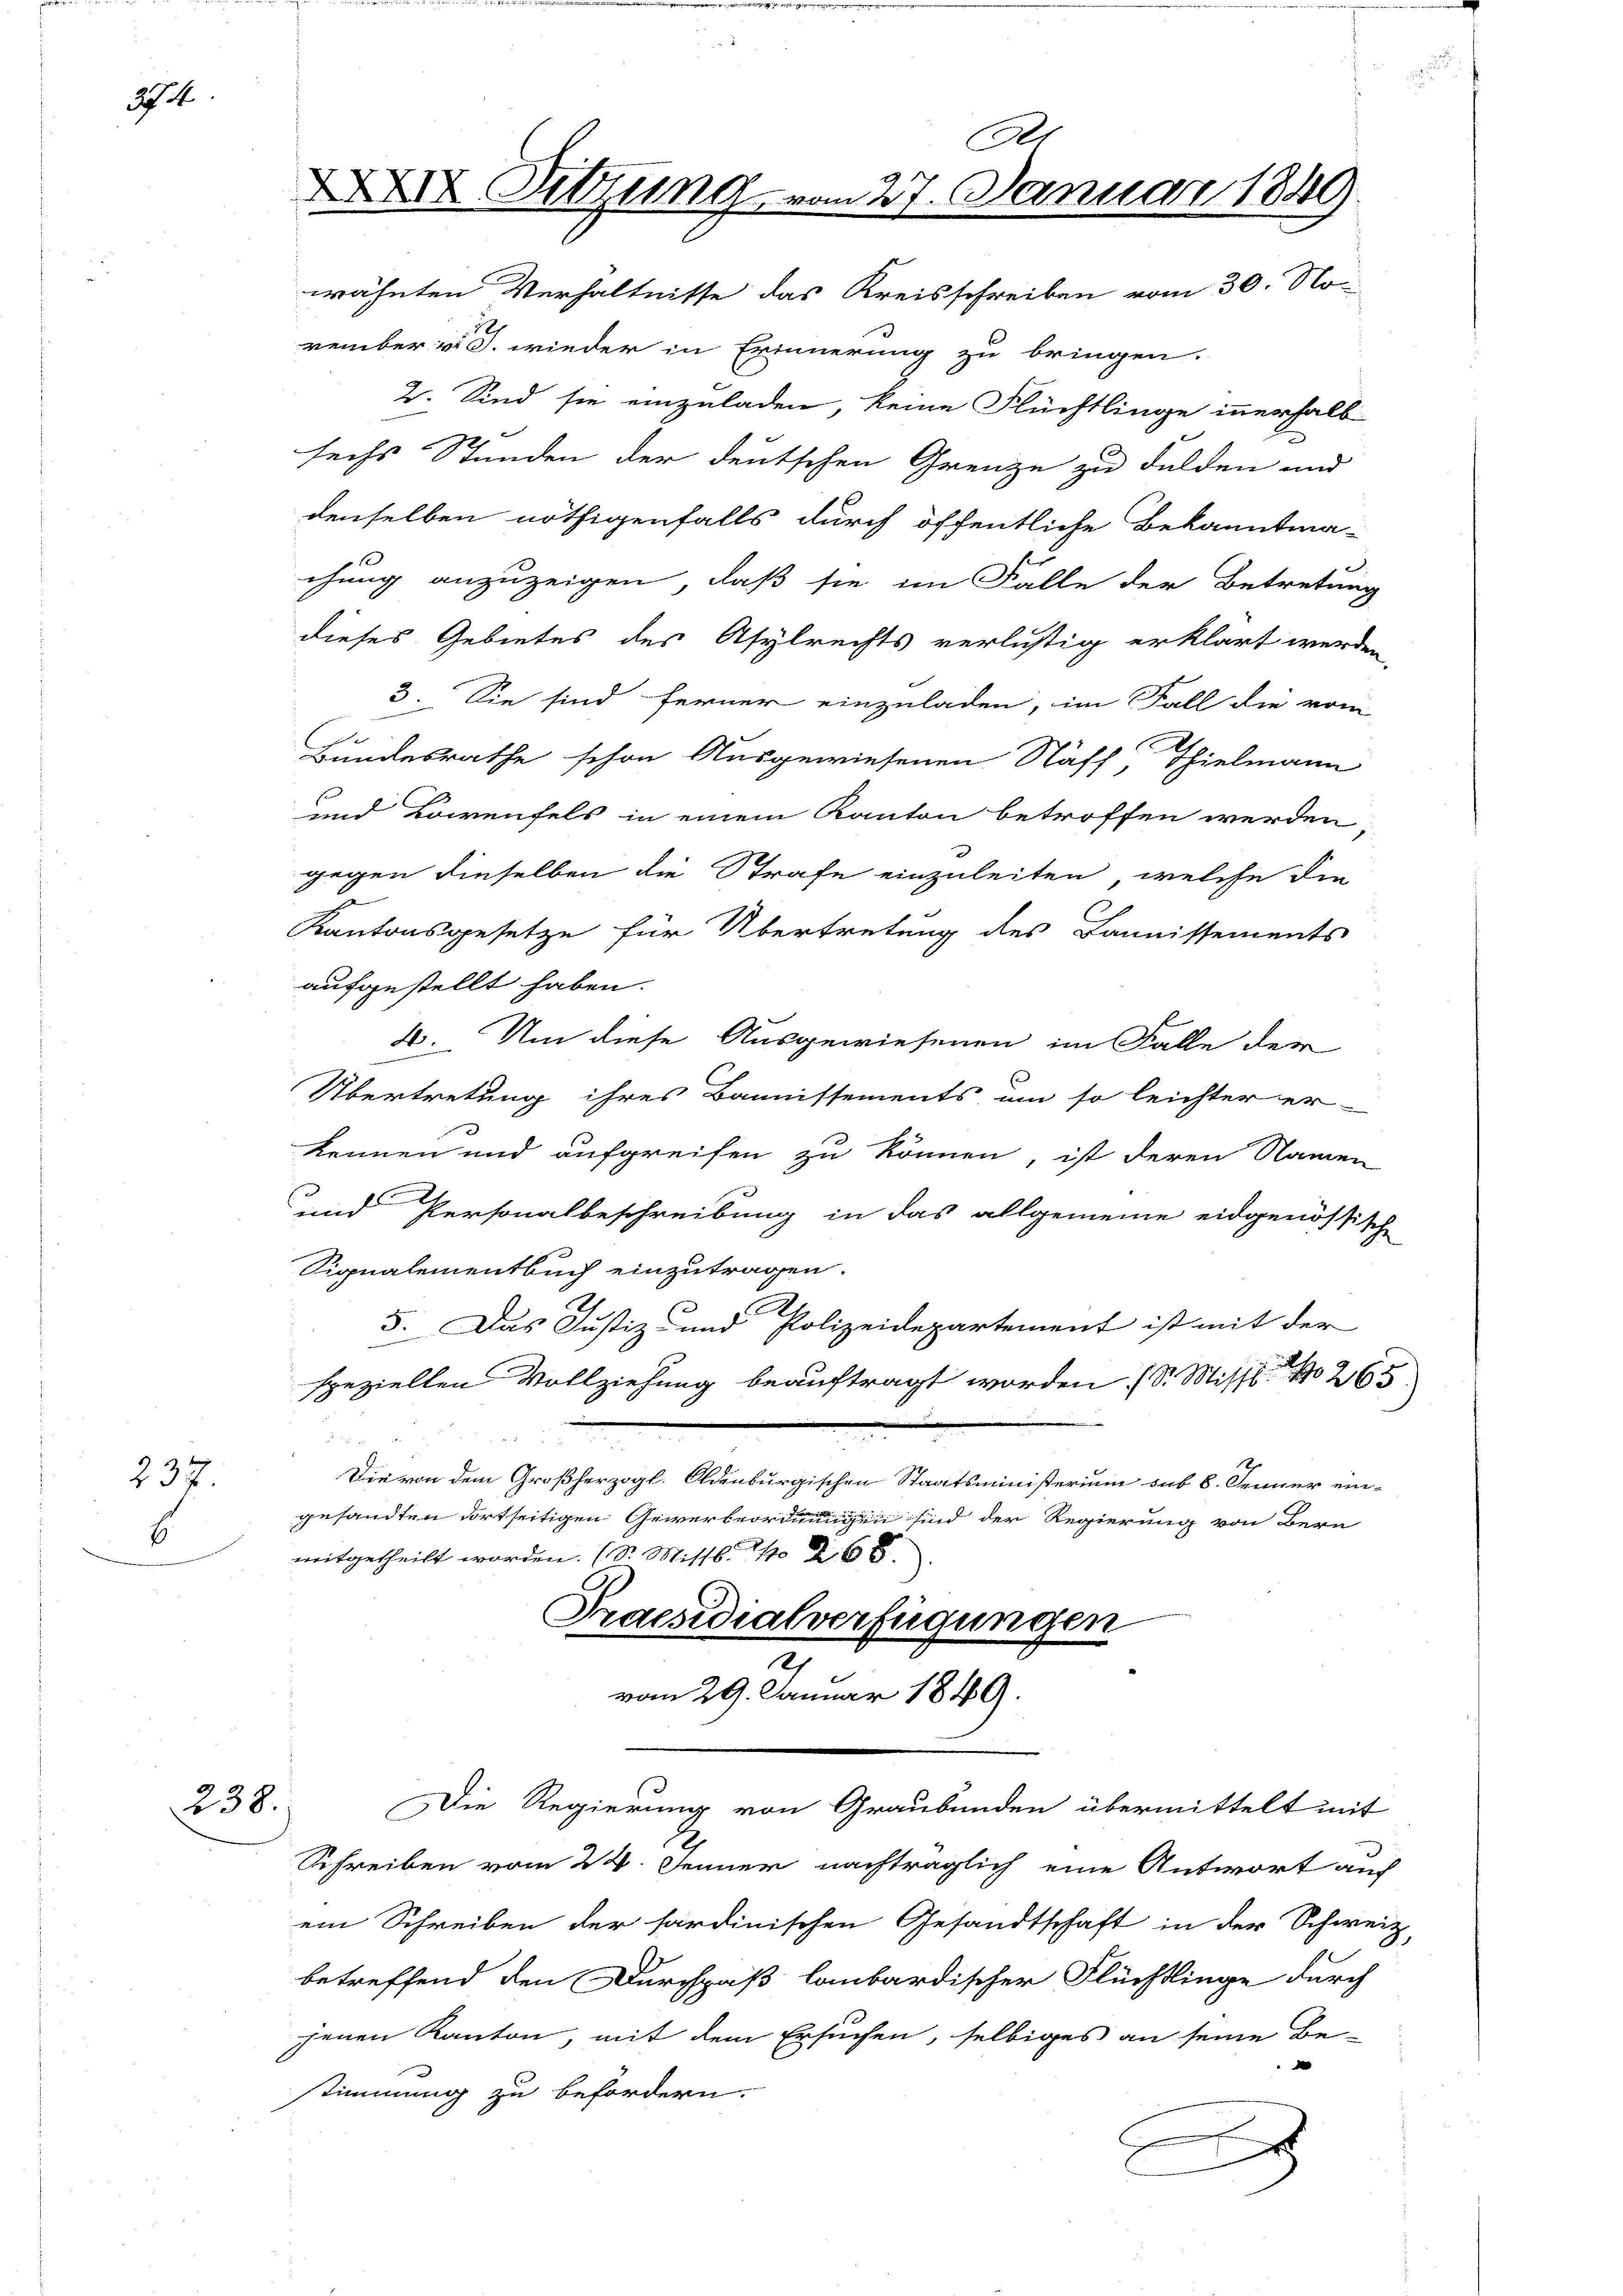
24

237.
b

238.

wähnten Verhältnisse das Kreisschreiben vom 30. No
vember v. J. wieder in Erinnerung zu bringen.
2. Sind sie einzuladen, keine Flüchtlinge innerhalb
sechs Stunden der deutschen Grenze zu Fulden und
denselben nöthigenfalls durch öffentliche Bekanntma-
chung anzuzeigen, daß sie im Falle der Betretung
dieses Gebietes des Asylrechts verlustig erklärt werden,
3. Sie sind ferner einzuladen, im Fall die vom
Bundesrathe schon Ausgewiesenen Staff, Thielmann
und Lowenfels in einem Kanton betroffen werden
gegen dieselben die Strafe einzuleiten, welche die
.
Kantonsgesetze für Übertretung des Bannissements
aufgestellt haben.
2. Um diese Ausgewiesenen im Falle der
Übertretung ihres Bannissements um so leichter er-
kennen und aufgreifen zu können, ist deren Namen
und Personalbeschreibung in das allgemeine eidgenössische
Signalementbuch einzutragen.
5. Das Justiz- und Polizeidepartement ist mit der
speziellen Vollziehung beauftragt worden (S. Missl    265
Die von dem Großherzogl. Oldenburgischen Staatsministerium sub 8. Jenner eingesandten dortseitigen Gewerbeordnungen sind der Regierung von Bern
mitgetheilt worden. (S. Mittl. 11 268.
Praesidialverfügungen
z
vom 29. Januar 1849.
Die Regierung von Graubünden übermittelt mit
Schreiben vom 24. Jenner nachträglich eine Antwort auf
ein Schreiben der sardinischen Gesandtschaft in der Schweiz,
betreffend den Durchpaß lombardischer Flüchtlinge durch
jenen Kanton, mit dem Ersuchen, selbiges an seine Be-
stimmung zu befördern.
d

C
XXXII Sitzung vom 27. Januar 1889.